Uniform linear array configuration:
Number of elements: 16
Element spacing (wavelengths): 0.5
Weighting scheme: blackman
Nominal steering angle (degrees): -15
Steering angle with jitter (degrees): -13.364
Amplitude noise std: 0.05
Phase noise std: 0.05

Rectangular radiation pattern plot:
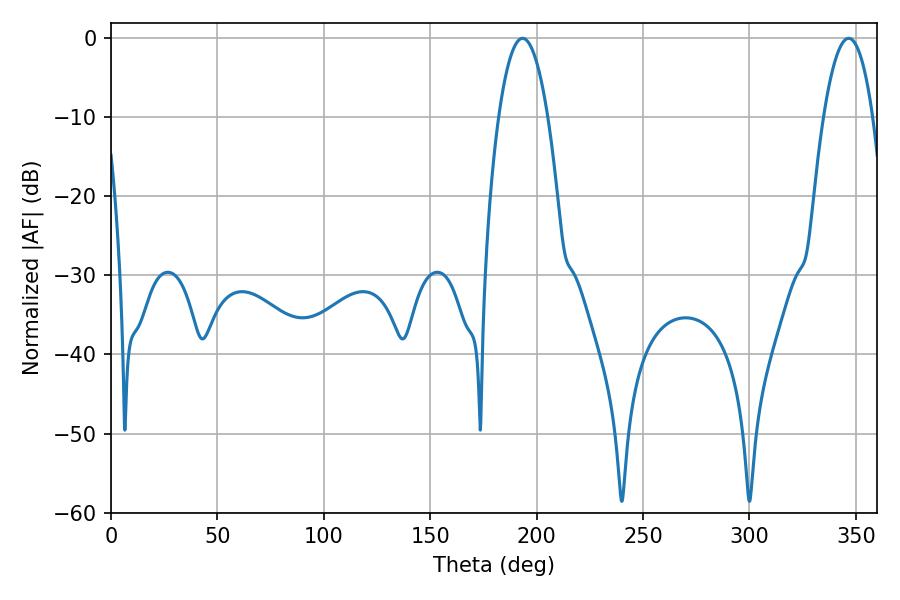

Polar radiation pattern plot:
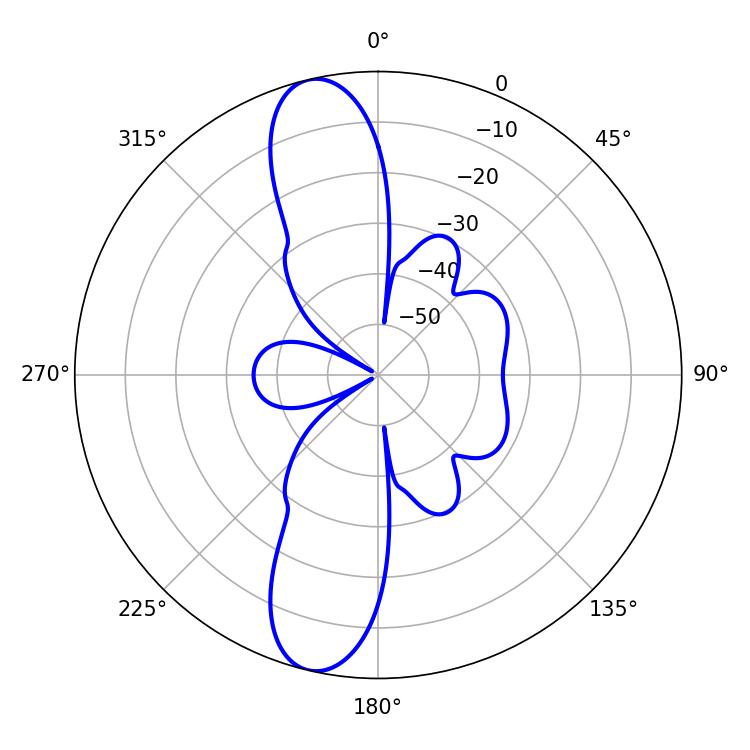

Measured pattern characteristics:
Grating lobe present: FALSE
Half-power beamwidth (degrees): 12.78
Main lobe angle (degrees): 193.32